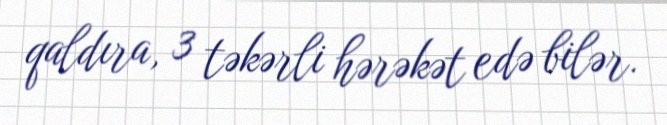
qaldıra, 3 təkərli hərəkət edə bilər.